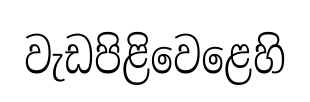
වැඩපිළිවෙළෙහි